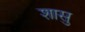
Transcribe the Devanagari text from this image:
शासु